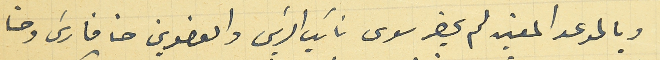
وبالموعد المعين لم يحضر سوى نائب الريسَ والعضوين حنا فارسَ وحنا